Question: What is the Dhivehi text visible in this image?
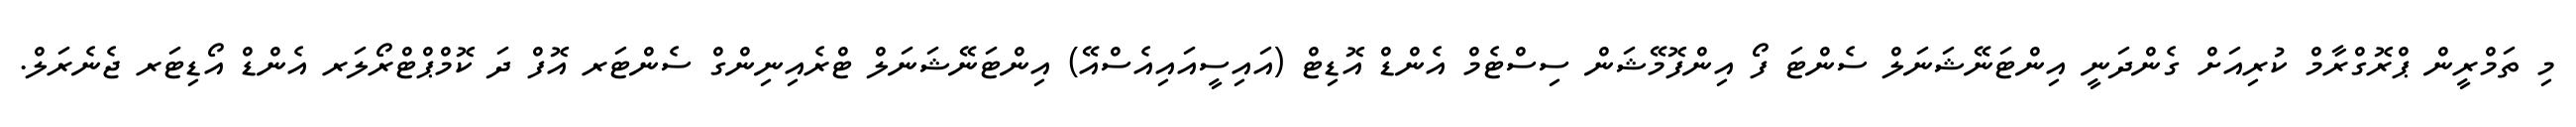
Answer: މި ތަމްރީން ޕްރޮގްރާމް ކުރިއަށް ގެންދަނީ އިންޓަނޭޝަނަލް ސެންޓަ ފޯ އިންފޮމޭޝަން ސިސްޓެމް އެންޑް އޮޑިޓް (އައިސީއައިއެސްއޭ) އިންޓަނޭޝަނަލް ޓްރެއިނިންގް ސެންޓަރ އޮފް ދަ ކޮމްޕްޓްރޯލަރ އެންޑް އޯޑިޓަރ ޖެނެރަލް.